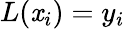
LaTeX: L(\mathit{x}_{i})=y_{i}